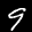
Label: 9